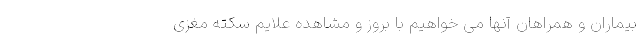
بیماران و همراهان آنها می خواهیم با بروز و مشاهده علایم سکته مغزی